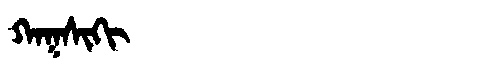
Manchu: ᡴᠠᡴᠰᡳᡴᡳ
Romanization: KAKSIKI